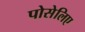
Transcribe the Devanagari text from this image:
पोसेलिए